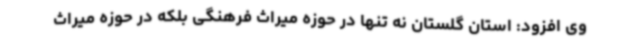
وی افزود: استان گلستان نه تنها در حوزه میراث فرهنگی بلکه در حوزه میراث